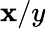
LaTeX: \mathbf{x}/y